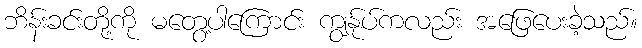
ဘိန်းခင်းတို့ကို မတွေ့ပါကြောင်း ကျွန်ုပ်ကလည်း အဖြေပေးခဲ့သည်။